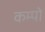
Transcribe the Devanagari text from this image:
कम्पो